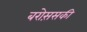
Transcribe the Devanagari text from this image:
बरोस़सकी